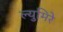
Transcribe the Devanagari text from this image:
ल्युमिरे